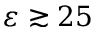
\varepsilon \gtrsim 2 5